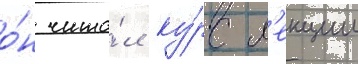
о́н чита́л ку́рс л'екции